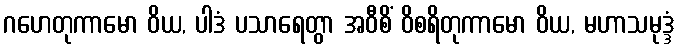
ဂဟေတုကာမော ဝိယ, ပါဒံ ပသာရေတွာ အဝီစိံ ဝိစရိတုကာမော ဝိယ, မဟာသမုဒ္ဒံ